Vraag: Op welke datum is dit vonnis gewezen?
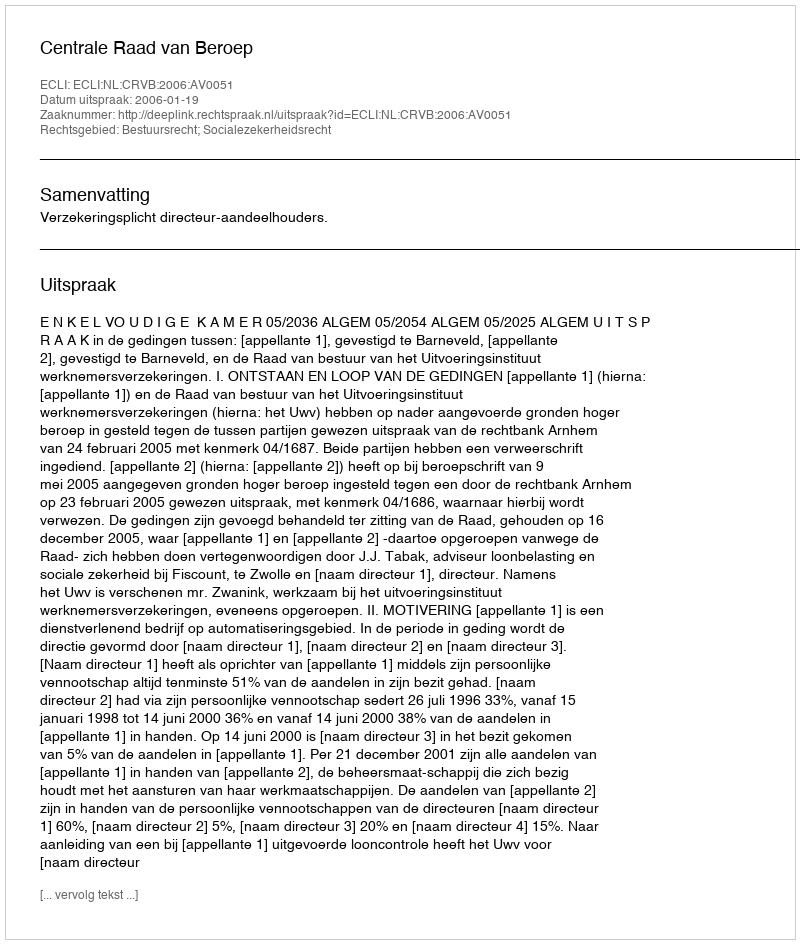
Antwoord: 2006-01-19